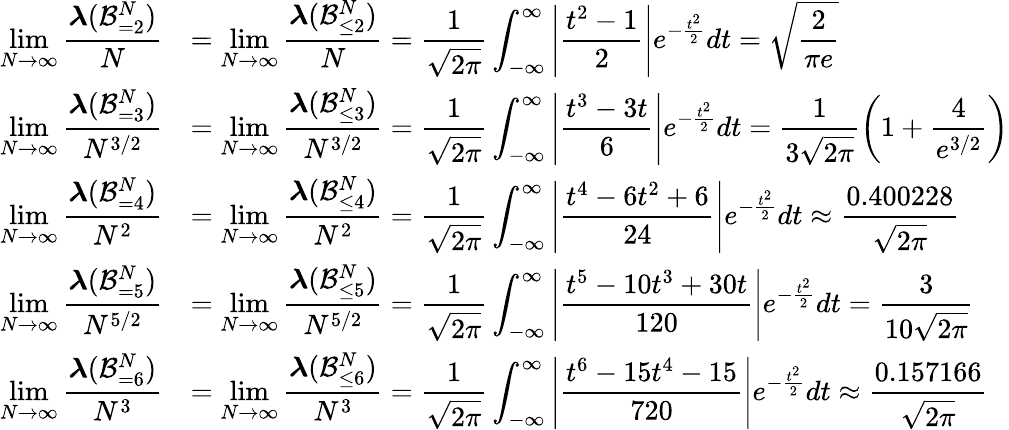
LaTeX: \begin{array}{rl}{\displaystyle\operatorname*{lim}_{N\to\infty}\frac{\boldsymbol{\lambda}(\mathcal B_{=2}^{N})}{N}}&{=\displaystyle\operatorname*{lim}_{N\to\infty}\frac{\boldsymbol{\lambda}(\mathcal B_{\le 2}^{N})}{N}=\frac{1}{\sqrt{2\pi}}\int_{-\infty}^{\infty}\left|\frac{t^{2}-1}{2}\right|e^{-\frac{t^{2}}{2}}dt=\sqrt{\frac{2}{\pi e}}}\\ {\displaystyle\operatorname*{lim}_{N\to\infty}\frac{\boldsymbol{\lambda}(\mathcal B_{=3}^{N})}{N^{3/2}}}&{=\displaystyle\operatorname*{lim}_{N\to\infty}\frac{\boldsymbol{\lambda}(\mathcal B_{\le 3}^{N})}{N^{3/2}}=\frac{1}{\sqrt{2\pi}}\int_{-\infty}^{\infty}\left|\frac{t^{3}-3t}{6}\right|e^{-\frac{t^{2}}{2}}dt=\frac{1}{3\sqrt{2\pi}}\left(1+\frac{4}{e^{3/2}}\right)}\\ {\displaystyle\operatorname*{lim}_{N\to\infty}\frac{\boldsymbol{\lambda}(\mathcal B_{=4}^{N})}{N^{2}}}&{=\displaystyle\operatorname*{lim}_{N\to\infty}\frac{\boldsymbol{\lambda}(\mathcal B_{\le 4}^{N})}{N^{2}}=\frac{1}{\sqrt{2\pi}}\int_{-\infty}^{\infty}\left|\frac{t^{4}-6t^{2}+6}{24}\right|e^{-\frac{t^{2}}{2}}dt\approx\frac{0.400228}{\sqrt{2\pi}}}\\ {\displaystyle\operatorname*{lim}_{N\to\infty}\frac{\boldsymbol{\lambda}(\mathcal B_{=5}^{N})}{N^{5/2}}}&{=\displaystyle\operatorname*{lim}_{N\to\infty}\frac{\boldsymbol{\lambda}(\mathcal B_{\le 5}^{N})}{N^{5/2}}=\frac{1}{\sqrt{2\pi}}\int_{-\infty}^{\infty}\left|\frac{t^{5}-10t^{3}+30t}{120}\right|e^{-\frac{t^{2}}{2}}dt=\frac{3}{10\sqrt{2\pi}}}\\ {\displaystyle\operatorname*{lim}_{N\to\infty}\frac{\boldsymbol{\lambda}(\mathcal B_{=6}^{N})}{N^{3}}}&{=\displaystyle\operatorname*{lim}_{N\to\infty}\frac{\boldsymbol{\lambda}(\mathcal B_{\le 6}^{N})}{N^{3}}=\frac{1}{\sqrt{2\pi}}\int_{-\infty}^{\infty}\left|\frac{t^{6}-15t^{4}-15}{720}\right|e^{-\frac{t^{2}}{2}}dt\approx\frac{0.157166}{\sqrt{2\pi}}}\end{array}